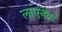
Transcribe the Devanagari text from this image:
लाएनेक